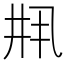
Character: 𫡳